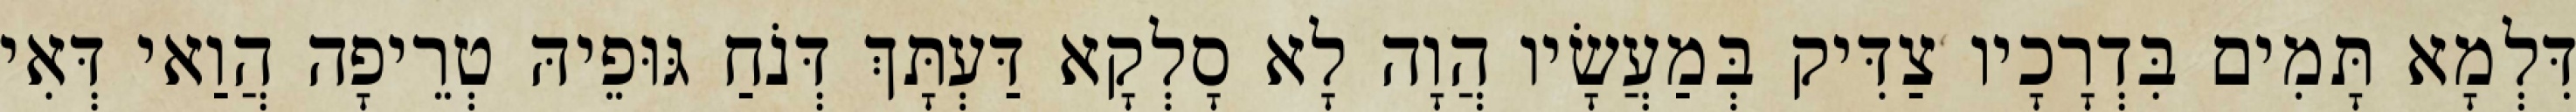
דִּלְמָא תָּמִים בִּדְרָכָיו צַדִּיק בְּמַעֲשָׂיו הֲוָה לָא סָלְקָא דַּעְתָּךְ דְּנֹחַ גּוּפֵיהּ טְרֵיפָה הֲוַאי דְּאִי